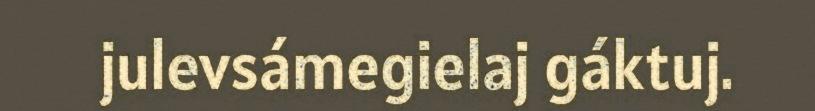
julevsámegielaj gáktuj.